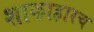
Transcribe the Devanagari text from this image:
शाकाहारच